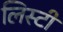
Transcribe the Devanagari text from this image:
लिस्टी